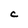
Character: C